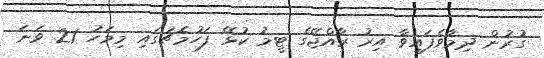
ގުރުން ދިމާވެފައިވާ އިރު ރާއްޖޭގެ ޓީމު ކުޅޭ ފަހުމެޗުގައި މިމަހު 21 ވަނަ